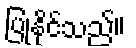
ပြုနိုင်သည်။